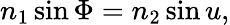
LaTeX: n_{1}\sin\Phi=n_{2}\sin u,